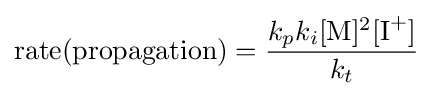
{\text{rate(propagation)}}={k_{p}k_{i}[{\ce {M}}]^{2}[{\ce {I+}}] \over k_{t}}